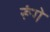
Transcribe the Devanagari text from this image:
रूंगे